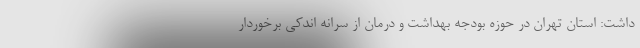
داشت: استان تهران در حوزه بودجه بهداشت و درمان از سرانه اندکی برخوردار